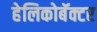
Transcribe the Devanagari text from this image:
हेलिकोबॅक्टर